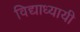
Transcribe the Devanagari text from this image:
विद्याध्यायी